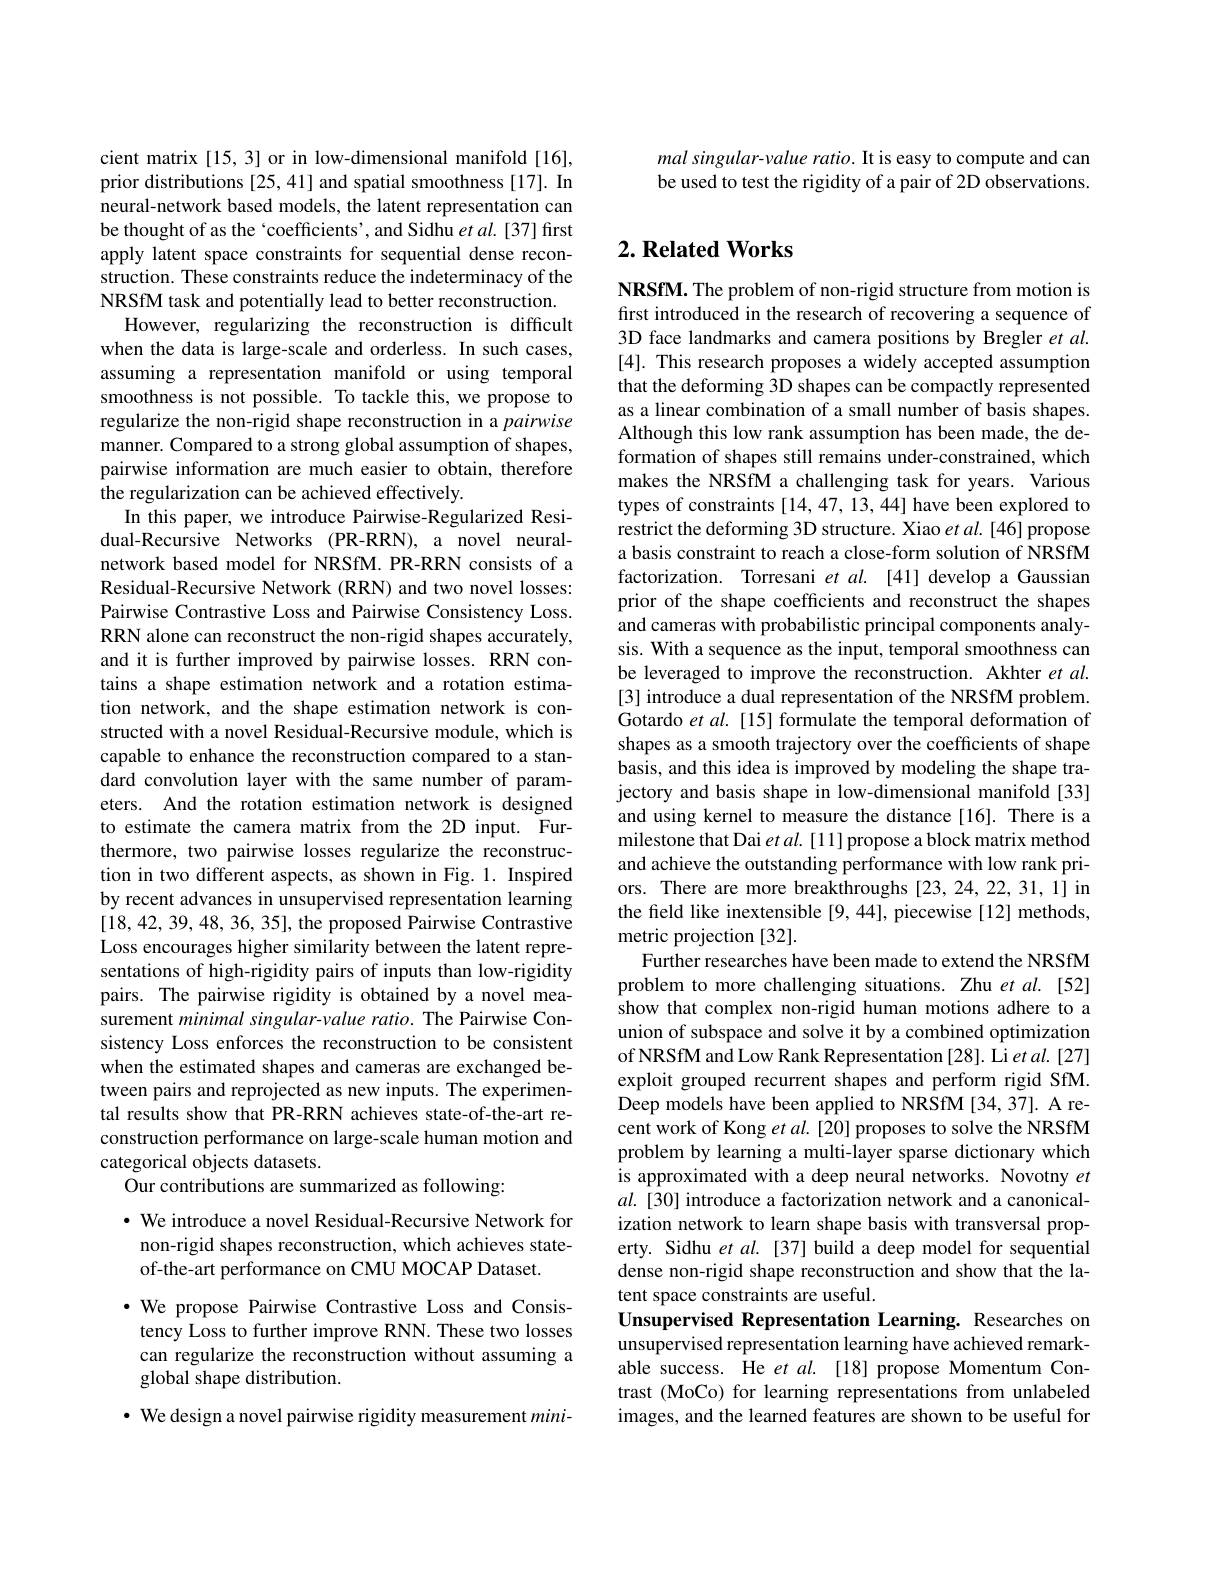
cient matrix [15,3] or in low-dimensional manifold [16], prior distributions [25,41] and spatial smoothness [17]. In neural-network based models, the latent representation can be thought of as the `coefficients', and Sidhu et al. [37] first apply latent space constraints for sequential dense reconstruction. These constraints reduce the indeterminacy of the NRSfM task and potentially lead to better reconstruction.
However, regularizing the reconstruction is difficult when the data is large-scale and orderless. In such cases, assuming a representation manifold or using temporal smoothness is not possible. To tackle this, we propose to regularize the non-rigid shape reconstruction in a pairwise manner. Compared to a strong global assumption of shapes, pairwise information are much easier to obtain, therefore the regularization can be achieved effectively.
In this paper, we introduce Pairwise-Regularized Residual-Recursive Networks (PR-RRN), a novel neuralnetwork based model for NRSfM. PR-RRN consists of a Residual-Recursive Network (RRN) and two novel losses: Pairwise Contrastive Loss and Pairwise Consistency Loss. RRN alone can reconstruct the non-rigid shapes accurately, and it is further improved by pairwise losses. RRN contains a shape estimation network and a rotation estimation network, and the shape estimation network is constructed with a novel Residual-Recursive module, which is capable to enhance the reconstruction compared to a standard convolution layer with the same number of parameters. And the rotation estimation network is designed to estimate the camera matrix from the 2D input. Furthermore, two pairwise losses regularize the reconstruction in two different aspects, as shown in Fig. 1. Inspired by recent advances in unsupervised representation learning [18,42,39,48,36,35], the proposed Pairwise Contrastive Loss encourages higher similarity between the latent representations of high-rigidity pairs of inputs than low-rigidity pairs. The pairwise rigidity is obtained by a novel measurement minimal singular-value ratio. The Pairwise Consistency Loss enforces the reconstruction to be consistent when the estimated shapes and cameras are exchanged between pairs and reprojected as new inputs. The experimental results show that PR-RRN achieves state-of-the-art reconstruction performance on large-scale human motion and categorical objects datasets.
Our contributions are summarized as following:
$\cdot$ We introduce a novel Residual-Recursive Network for

non-rigid shapes reconstruction, which achieves state-
of-the-art performance on CMU MOCAP Dataset.

$\cdot$ We propose Pairwise Contrastive Loss and Consistency Loss to further improve RNN. These two losses can regularize the reconstruction without assuming a global shape distribution.

· We design a novel pairwise rigidity measurement $mini-$

mal singular- value ratio. It is easy to compute and can be used to test the rigidity of a pair of 2D observations.

## $2. \textbf{Related Works}$

NRSfM. The problem of non-rigid structure from motion is first introduced in the research of recovering a sequence of 3D face landmarks and camera positions by Bregler et $al.$ [4]. This research proposes a widely accepted assumption that the deforming 3D shapes can be compactly represented as a linear combination of a small number of basis shapes. Although this low rank assumption has been made, the deformation of shapes still remains under-constrained, which makes the NRSfM a challenging task for years. Various types of constraints [14,47,13,44] have been explored to restrict the deforming 3D structure. Xiao et al. [46] propose a basis constraint to reach a close-form solution of NRSfM factorization. Torresani et al.[41] develop a Gaussian prior of the shape coefficients and reconstruct the shapes and cameras with probabilistic principal components analysis. With a sequence as the input, temporal smoothness can be leveraged to improve the reconstruction. Akhter et $al.$ [3] introduce a dual representation of the NRSfM problem. Gotardo et al. [15] formulate the temporal deformation of shapes as a smooth trajectory over the coefficients of shape basis, and this idea is improved by modeling the shape trajectory and basis shape in low-dimensional manifold[33] and using kernel to measure the distance[16]. There is a milestone that Dai et al. [11] propose a block matrix method and achieve the outstanding performance with low rank priors. There are more breakthroughs [23,24,22,31,1] in the field like inextensible [9,44], piecewise [12] methods, metric projection [32].
Further researches have been made to extend the NRSfM problem to more challenging situations. Zhu et $al.[52]$ show that complex non-rigid human motions adhere to a union of subspace and solve it by a combined optimization of NRSfM and Low Rank Representation [28]. Li et al. [27] exploit grouped recurrent shapes and perform rigid SfM. Deep models have been applied to NRSfM [34,37]. A recent work of Kong et al. [20] proposes to solve the NRSfM problem by learning a multi-layer sparse dictionary which is approximated with a deep neural networks. Novotny $et$ $al.[30]$ introduce a factorization network and a canonicalization network to learn shape basis with transversal property. Sidhu $et$ al. [37] build a deep model for sequential dense non-rigid shape reconstruction and show that the latent space constraints are useful.
Unsupervised Representation Learning. Researches on unsupervised representation learning have achieved remarkable success. He $etal.$ [18] propose Momentum Contrast (MoCo) for learning representations from unlabeled images, and the learned features are shown to be useful for